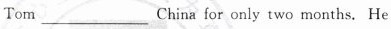
Tom___China for only two months. He